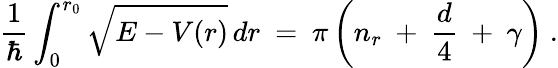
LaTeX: \frac{1}{\hbar}\int_{0}^{r_{0}}\sqrt{E-V(r)}\, dr\ =\ \pi\left(n_{r}\ +\ \frac{d}{4}\ +\ \gamma\right)\ .